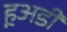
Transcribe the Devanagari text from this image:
ह़अडी